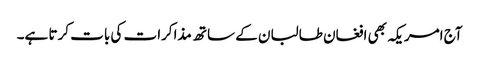
آج امریکہ بھی افغان طالبان کے ساتھ مذاکرات کی بات کرتا ہے۔